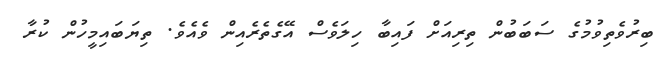
ބިރުުވެތިވުމުގެ ސަބަބުން ތިރިއަށް ފައިބާ ހިލަވެސް އޭގެތެރެއިން ވެއެވެ. ތިޔަބައިމީހުން ކުރާ